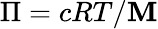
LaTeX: \Pi=cRT/\mathbf{M}